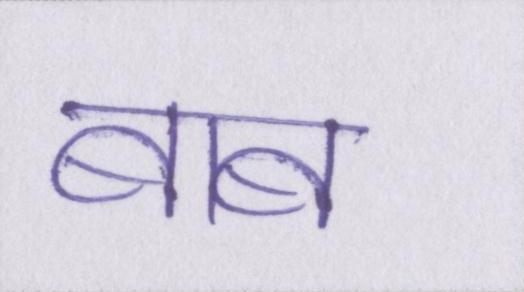
बाब